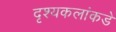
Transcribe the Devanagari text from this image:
दृश्यकलांकडे